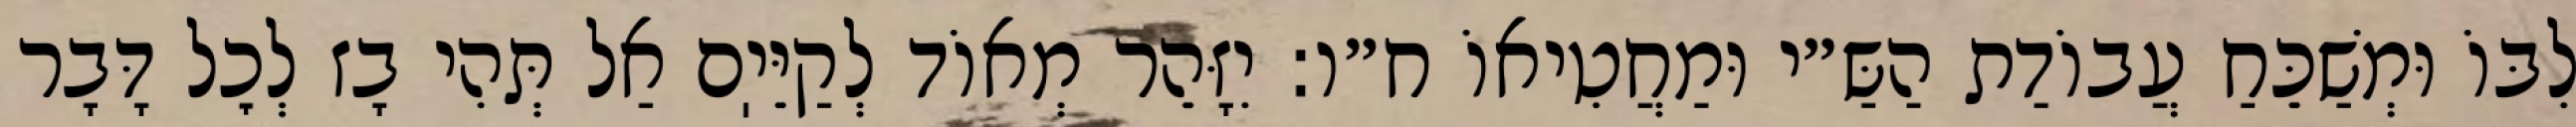
לִבּוֹ וּמְשַׁכֵּחַ עֲבוֹדַת הַשַּ״י וּמַחֲטִיאוֹ ח״ו: יִזָּהֵר מְאוֹד לְקַיֵּיֽם אַל תְּהִי בָז לְכׇל דָּבָר